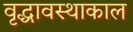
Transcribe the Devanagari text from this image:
वृद्धावस्थाकाल